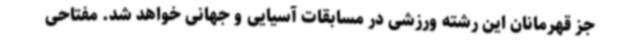
جز قهرمانان این رشته ورزشی در مسابقات آسیایی و جهانی خواهد شد. مفتاحی